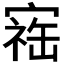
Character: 𪧥